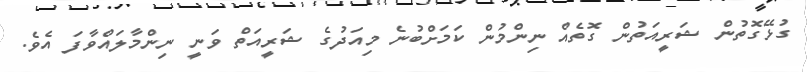
ގުޅޭގޮތުން ޝަރީއަތުން ގޮތެއް ނިންމުން ކަމަށްބުނެ މިއަދުގެ ޝަރީއަތް ވަނީ ނިންމާލައްވާފަ އެވެ.